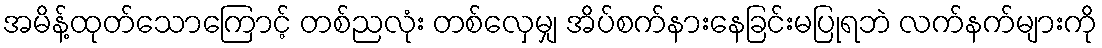
အမိန့်ထုတ်သောကြောင့် တစ်ညလုံး တစ်လှေမျှ အိပ်စက်နားနေခြင်းမပြုရဘဲ လက်နက်များကို